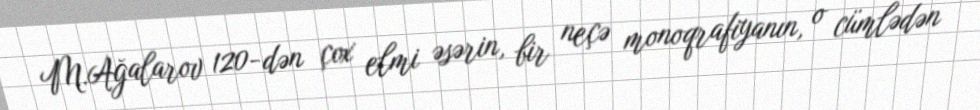
M.Ağalarov 120-dən çox elmi əsərin, bir neçə monoqrafiyanın, o cümlədən